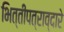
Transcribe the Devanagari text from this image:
भित्तीपत्राव्दारे